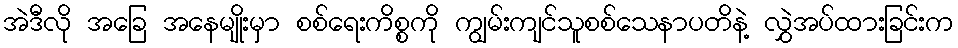
အဲဒီလို အခြေ အနေမျိုးမှာ စစ်ရေးကိစ္စကို ကျွမ်းကျင်သူစစ်သေနာပတိနဲ့ လွှဲအပ်ထားခြင်းက